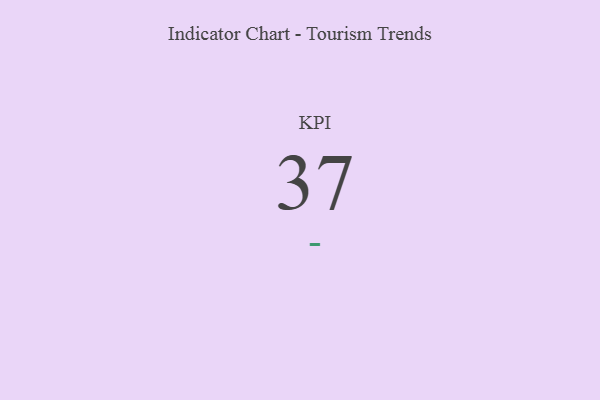
{"axis": {"x": "KPI", "y": "Value"}, "legend": [""], "data": [{"x": "KPI", "y": 37, "type": ""}]}